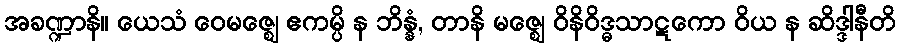
အခဏ္ဍာနိ။ ယေသံ ဝေမဇ္ဈေ ဧကမ္ပိ န ဘိန္နံ, တာနိ မဇ္ဈေ ဝိနိဝိဒ္ဓသာဋကော ဝိယ န ဆိဒ္ဒါနီတိ